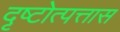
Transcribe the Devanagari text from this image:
दृष्टोत्पत्तास